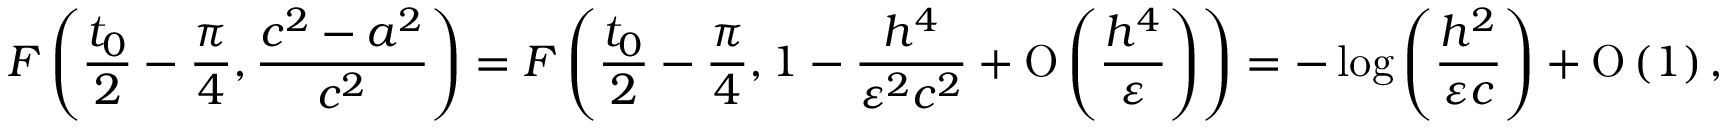
F \left( \frac { t _ { 0 } } { 2 } - \frac { \pi } { 4 } , \frac { c ^ { 2 } - a ^ { 2 } } { c ^ { 2 } } \right) = F \left( \frac { t _ { 0 } } { 2 } - \frac { \pi } { 4 } , 1 - \frac { h ^ { 4 } } { \varepsilon ^ { 2 } c ^ { 2 } } + \ensuremath { \operatorname { O } \left( \frac { h ^ { 4 } } { \varepsilon } \right) } \right) = - \log { \left( \frac { h ^ { 2 } } { \varepsilon c } \right) } + \ensuremath { \operatorname { O } \left( 1 \right) } ,